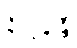
နိက္ကဍ္ဎန္တီ